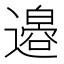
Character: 𫟪